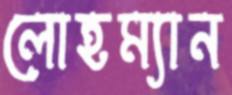
লোহম্যান